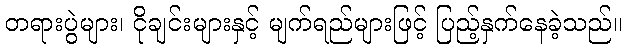
တရားပွဲများ၊ ငိုချင်းများနှင့် မျက်ရည်များဖြင့် ပြည့်နှက်နေခဲ့သည်။